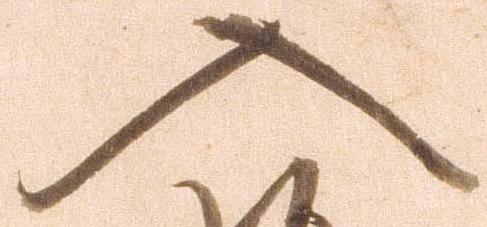
入